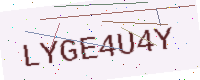
Text: LYGE4U4Y